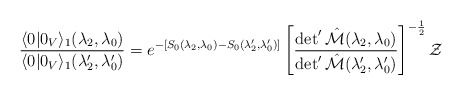
\begin{align*}\frac{\langle 0|0_V\rangle_1 (\lambda_2,\lambda_0)}{\langle 0|0_V\rangle_1({\lambda}^{\prime}_2,{\lambda}^{\prime}_0)}=e^{-[S_0(\lambda_2,\lambda_0)-S_0(\lambda_2',\lambda_0')]}\left[\frac{\det' \hat{{\cal M}}(\lambda_2,\lambda_0)}{\det' \hat{{\cal M}}(\lambda_2',\lambda_0')}\right]^{-\frac12}{\cal Z}\end{align*}